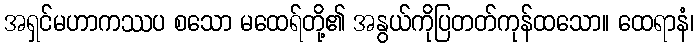
အရှင်မဟာကဿပ စသော မထေရ်တို့၏ အနွယ်ကိုပြတတ်ကုန်ထသော။ ထေရာနံ၊